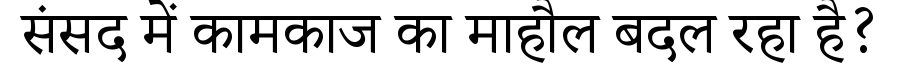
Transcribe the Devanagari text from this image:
संसद में कामकाज का माहौल बदल रहा है?